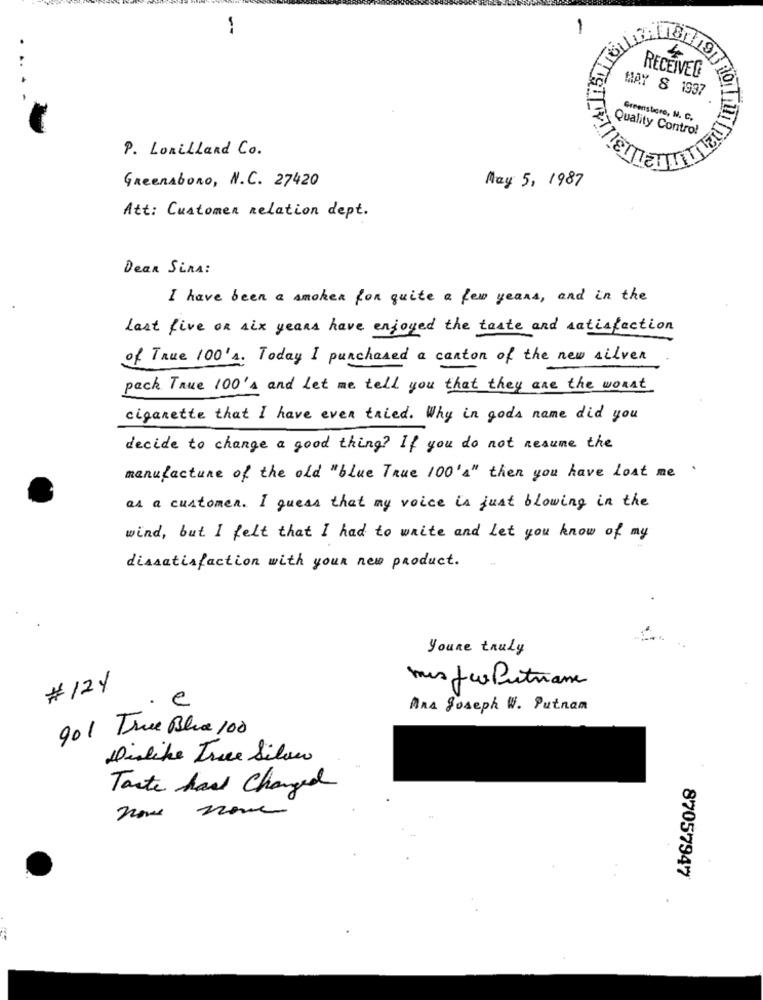
--
1
RECEIVED
MAY 8 1937
Greensboro, M. C.
P. LoniLLand Co.
Quality Control
Greenabono, N.C. 27420
May 5, 1987
Att: Customen Relation dept.
Dear SinA:
I have been a smoker for quite a few years, and in the
Last five on six years have enjoyed the taste and satisfaction
of True 100'A. Today I purchased a canton of the new silver
pack True 100's and Let me tell you that they are the worst
cigarette that I have ever tried. Why in gods name did you
decide to change a good thing? If you do not resume the
manufacture of the old "blue True 100'4" then you have Lost me
as a customen. I guess that my voice is just blowing in the
wind, but I felt that I had to write and let you know of my
dissatisfaction with your new product.
Youre truly
# 124
mis fraPutrane
e
Ana Joseph W. Putnam
901 True Blue 100
Dislike True Silver
Tarte has Changed
nove none
87057947